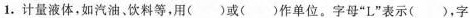
1.计量液体，如汽油、饮料等，用( )或( )作单位。字母”L”表示( )，字